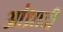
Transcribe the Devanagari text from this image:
आंध्रादी